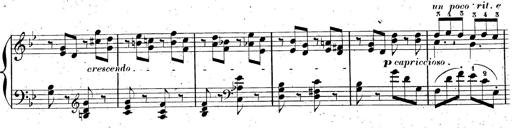
Title: AnnÃ©es de pÃ¨lerinage II, SupplÃ©ment
Composer: Franz Liszt